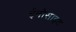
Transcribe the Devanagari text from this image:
ईनोसाइट